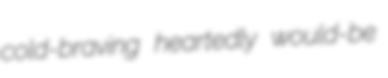
cold-braving heartedly would-be